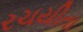
રચયીતા